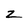
Character: z